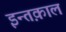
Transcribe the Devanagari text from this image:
इन्तक़ाल